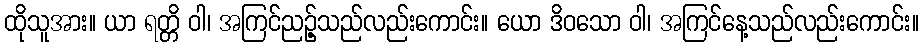
ထိုသူအား။ ယာ ရတ္တိ ဝါ၊ အကြင်ညဉ့်သည်လည်းကောင်း။ ယော ဒိဝသော ဝါ၊ အကြင်နေ့သည်လည်းကောင်း။